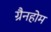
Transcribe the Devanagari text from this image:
ग्रैनहोम